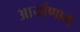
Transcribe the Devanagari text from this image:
आर्याणाम्